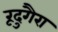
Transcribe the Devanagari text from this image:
रूदुगैरा